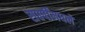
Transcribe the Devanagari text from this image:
सप्तर्षींमधले